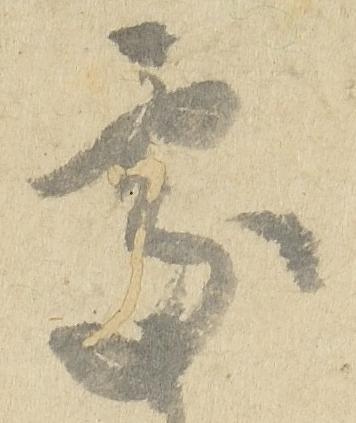
処